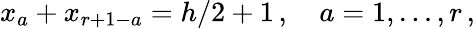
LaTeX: x_{a}+x_{r+1-a}=h/2+1\, ,\quad a=1,\ldots,r\, ,